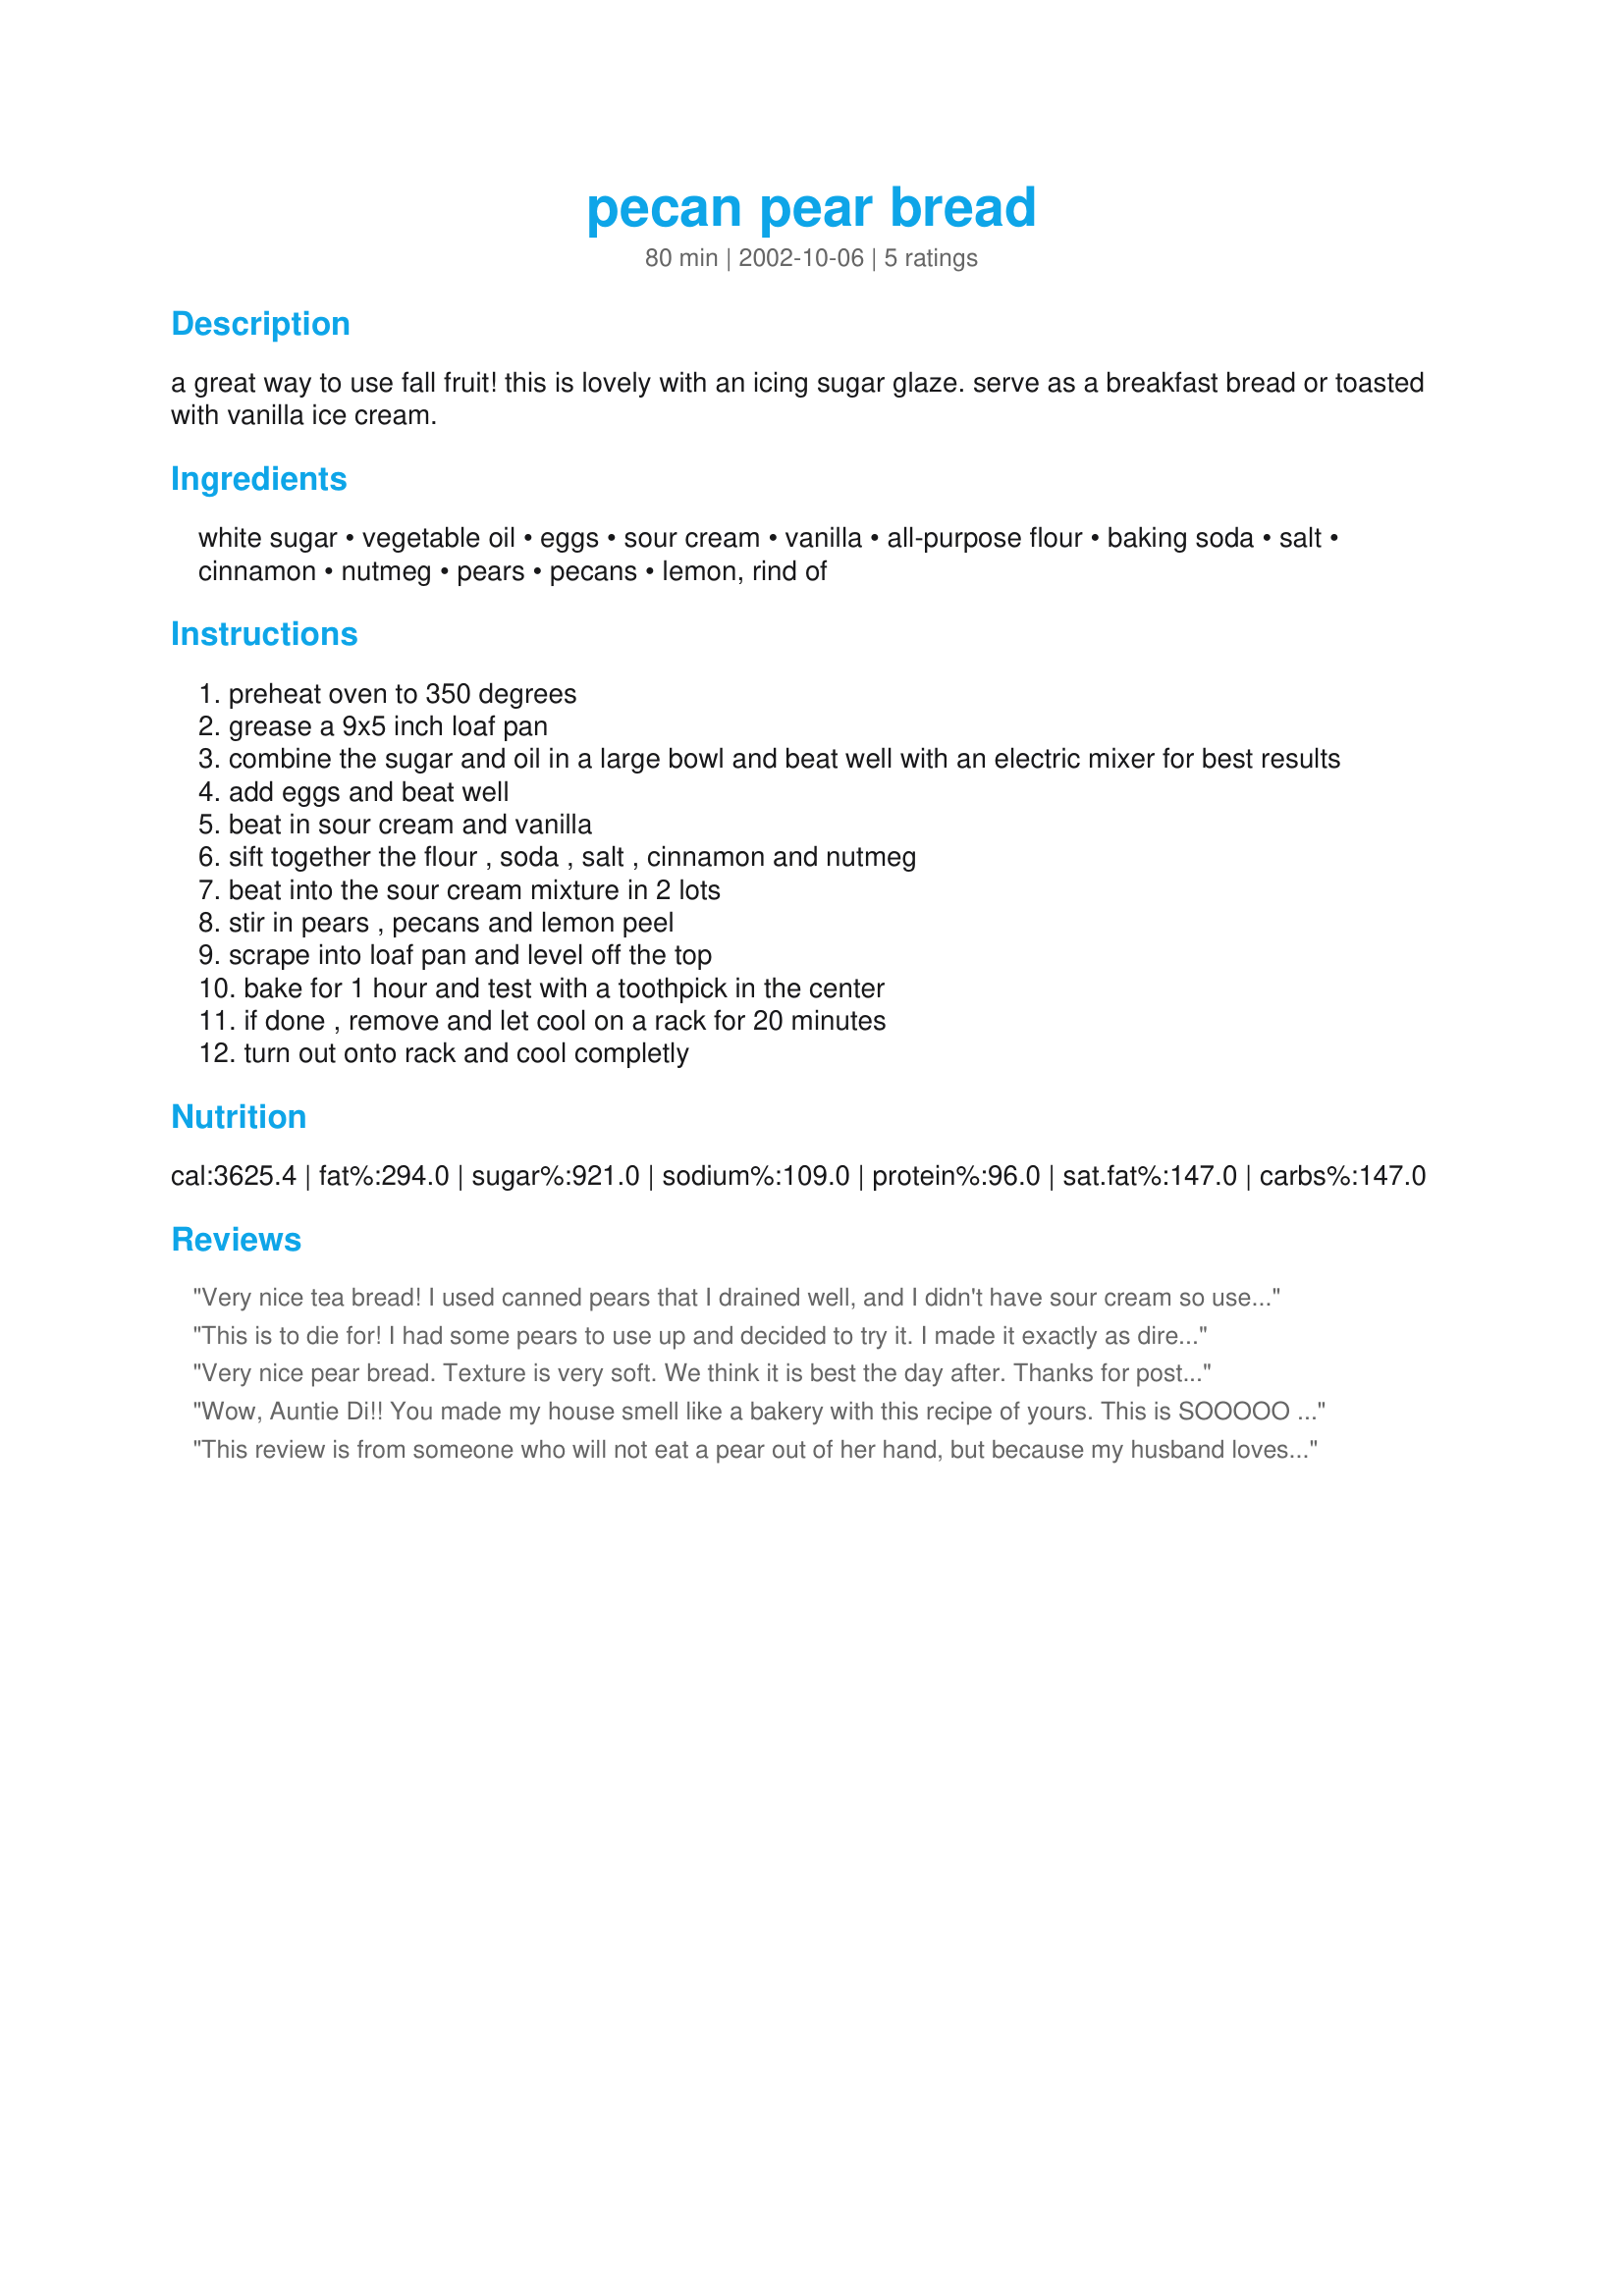
pecan pear bread
Preparation time: 80 minutes

a great way to use fall fruit! this is lovely with an icing sugar glaze. serve as a breakfast bread or toasted with vanilla ice cream.

Ingredients:
white sugar, vegetable oil, eggs, sour cream, vanilla, all-purpose flour, baking soda, salt, cinnamon, nutmeg, pears, pecans, lemon, rind of

Steps:
preheat oven to 350 degrees
grease a 9x5 inch loaf pan
combine the sugar and oil in a large bowl and beat well with an electric mixer for best results
add eggs and beat well
beat in sour cream and vanilla
sift together the flour , soda , salt , cinnamon and nutmeg
beat into the sour cream mixture in 2 lots
stir in pears , pecans and lemon peel
scrape into loaf pan and level off the top
bake for 1 hour and test with a toothpick in the center
if done , remove and let cool on a rack for 20 minutes
turn out onto rack and cool completly

Reviews:
Very nice tea bread! I used canned pears that I drained well, and I didn't have sour cream so used the same amount of peach yogurt with great success. We loved it with coffee and the texture is great. Thanks, Carole in Orlando
This is to die for! I had some pears to use up and decided to try it. I made it exactly as directed except I didn't have any lemon rind so I just left it out. It was very easy to make - I whipped it up after dinner the other night and the smell was incredibly good. I did have to bake it longer than an hour (might be my oven). It's very moist and delicious. It keeps well in the refrigerator and I've been eating it every day (so much for my low carb diet!) I think I'll try it with walnuts next time and there will be a next time! This will be a great gift for next Christmas (I'll make small loaves) since it keeps so well. Thanks for the great recipe!
Very nice pear bread. Texture is very soft. We think it is best the day after. Thanks for posting this recipe.
Wow, Auntie Di!! You made my house smell like a bakery with this recipe of yours. This is SOOOOO GOOD - "addictive" is the word!! I made this a few days back. I substituted the oil with butter and the sour cream with low-fat plain yogurt(beaten). Since I do not have nutmeg, I doubled the quantity of cinnamon and it went well. I did leave out the lemon rind though, since, at my place, nobody would have anything with any rind in it. I did add a handful of raisins to this. Karen Wilson, my adorable friend from RAK, sent me a packet of chopped pecans that found their way into this bread! Thanks so much for sharing this moist and yummy bread.
This review is from someone who will not eat a pear out of her hand, but because my husband loves them decided to try this bread (am addicted to this sort of treat). This is excellent, moist, flavorful and keeps well. Thanks for putting this where others can add it to their files.
